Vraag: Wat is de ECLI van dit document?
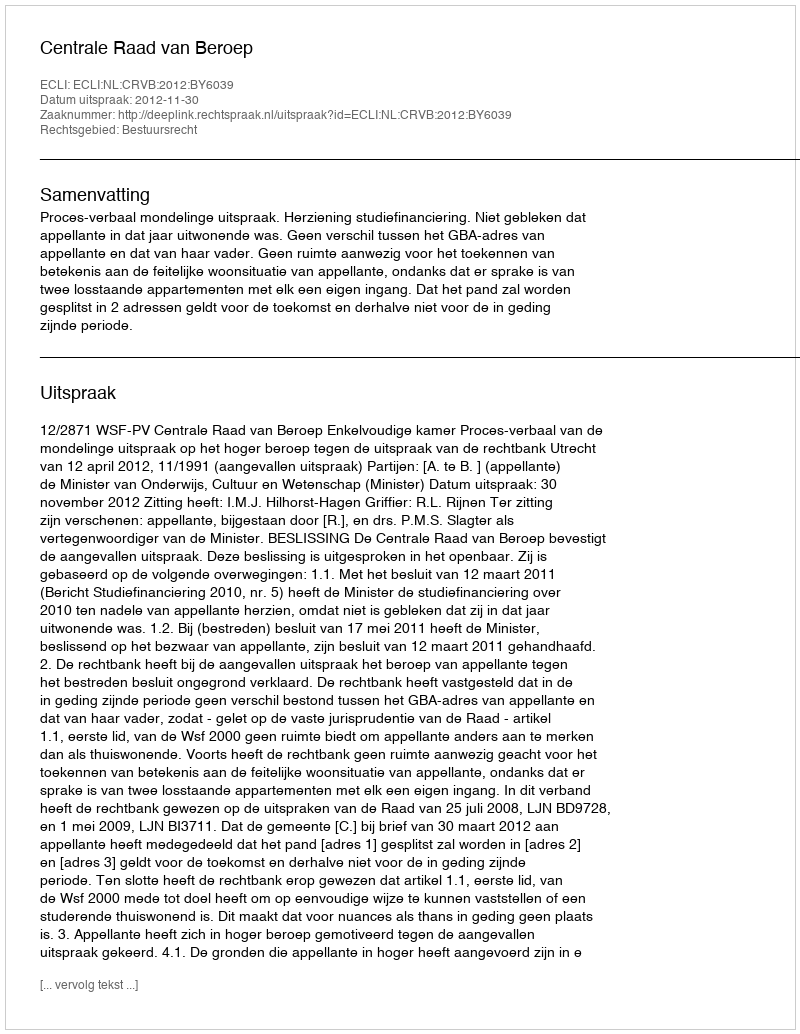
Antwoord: ECLI:NL:CRVB:2012:BY6039